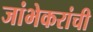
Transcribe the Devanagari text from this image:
जांभेकरांची